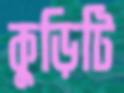
কুড়িটি